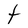
Character: t